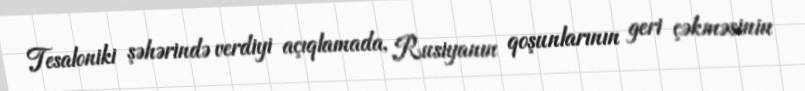
Tesaloniki şəhərində verdiyi açıqlamada, Rusiyanın qoşunlarının geri çəkməsinin